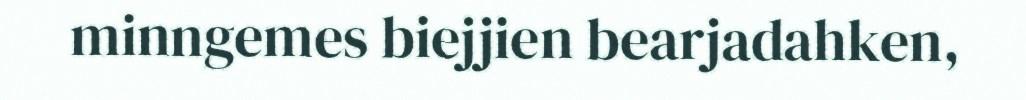
minngemes biejjien bearjadahken,